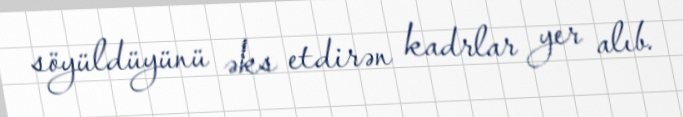
söyüldüyünü əks etdirən kadrlar yer alıb.